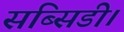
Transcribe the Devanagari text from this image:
सब्सिडी।